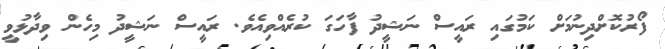
ފޯރުކޮށްދިނުމަށް ކަމުގައި ރައީސް ނަޝީދު ފާހަގަ ކުރެއްވިއެވެ. ރައީސް ނަޝީދު މިހެން ވިދާޅުވީ